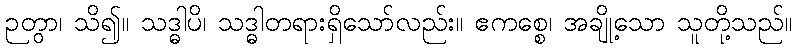
ဉတွာ၊ သိ၍။ သဒ္ဓါပိ၊ သဒ္ဓါတရားရှိသော်လည်း။ ဧကစ္စေ၊ အချို့သော သူတို့သည်။